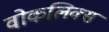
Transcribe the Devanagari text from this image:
वोकलिक्स